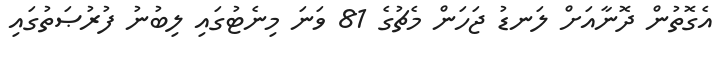
އެގޮތުން ދޮނާއަށް ލަނޑު ޖަހަން މެޗުގެ 81 ވަނަ މިނެޓުގައި ލިބުނު ފުރުޞަތުގައި